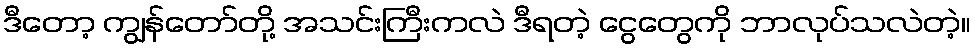
ဒီတော့ ကျွန်တော်တို့ အသင်းကြီးကလဲ ဒီရတဲ့ ငွေတွေကို ဘာလုပ်သလဲတဲ့။